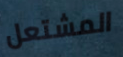
المشتعل